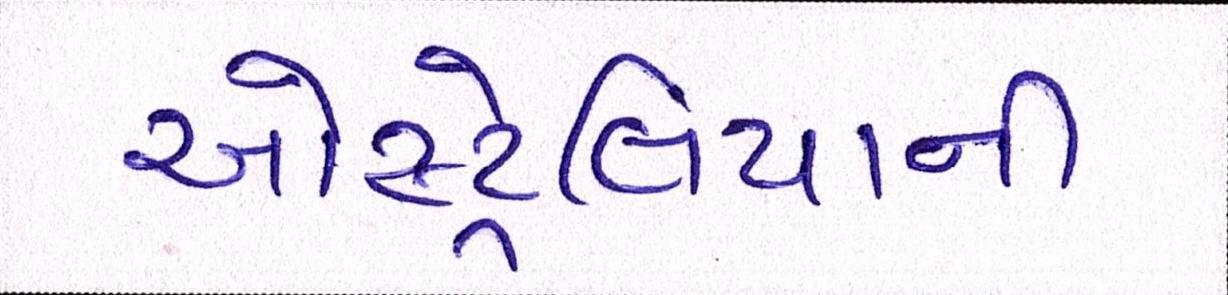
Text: ઓસ્ટ્રેલિયાની